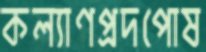
কল্যাণপ্রদপোষ